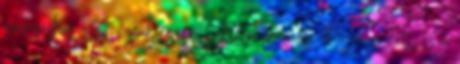
szavazáshoz VIP szükséges Szakértői szavazás Gyenge lett ez a